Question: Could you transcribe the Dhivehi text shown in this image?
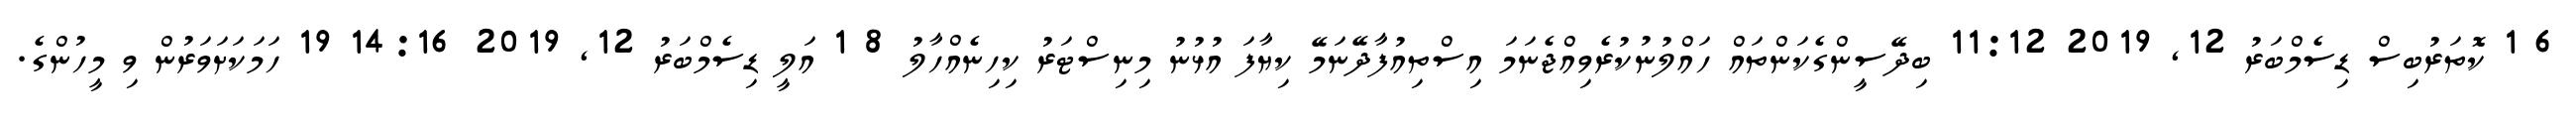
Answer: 6 1 ކޮތަރުބިސް ޑިސެމްބަރު 12, 2019 11:12 ބިދޭސީންގެކަންތައް ހައްލުނުކުރެވިއްޖެނަމަ އިސްތިއުފާދޭނަމޭ ކިޔާފަ އުޅުނު މިނިސްޓަރު ކިހިނެއްހާލު 8 1 އަލީ ޑިސެމްބަރު 12, 2019 14:16 19 ހަމަކަށަވަރުން ވި މީހުންގެ.